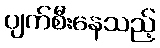
ပျက်စီးနေသည့်